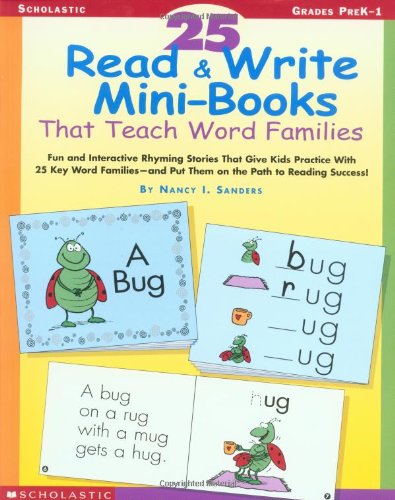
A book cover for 25 Read & Write Mini-Books That Teach Word Families: Fun and Interactive Rhyming Stories That Give Kids Practice With the 25 Key Word FamiliesEEand Put Them on the Path to Reading Success!; Nancy Sanders; Education & Teaching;